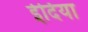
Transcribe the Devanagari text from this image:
ईदिया